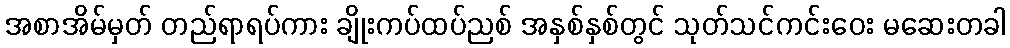
အစာအိမ်မှတ် တည်ရာရပ်ကား ချိုးကပ်ထပ်ညစ် အနှစ်နှစ်တွင် သုတ်သင်ကင်းဝေး မဆေးတခါ